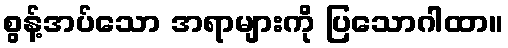
စွန့်အပ်သော အရာများကို ပြသောဂါထာ။